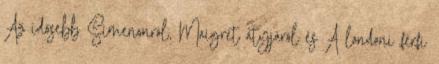
Az idősebb Simenonról, Maigret atyjáról és A londoni férfi